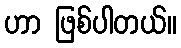
ဟာ ဖြစ်ပါတယ်။